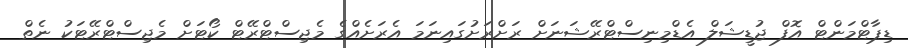
ޑިޕާޓްމަންޓް އޮފް ޖުޑީޝަލް އެޑްމިނިސްޓްރޭޝަނަށް ރަށްރަށުގައިނަމަ އެރަށެއްގެ މެޖިސްޓްރޭޓް ކޯޓަށް މެޖިސްޓްރޭޓަކު ނެތް